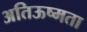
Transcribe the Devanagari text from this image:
अतिऊष्मता